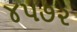
૪૫૭૨